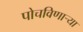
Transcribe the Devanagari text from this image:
पोचविणाऱ्या